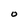
Character: O